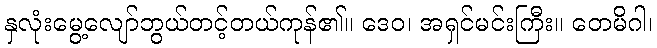
နှလုံးမွေ့လျော်ဘွယ်တင့်တယ်ကုန်၏။ ဒေဝ၊ အရှင်မင်းကြီး။ တေမိဂါ၊